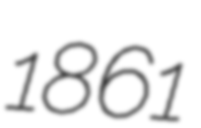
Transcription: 1861